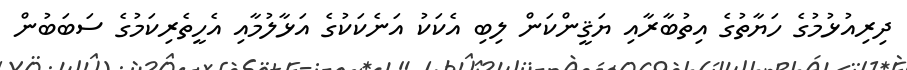
ދިރިއުޅުމުގެ ހަޔާތުގެ އިތުބާރާއި ޔަޤީންކަން ލިބި އެކަކު އަނެކަކުގެ އަޅާލުމާއި އެހީތެރިކަމުގެ ސަބަބުން